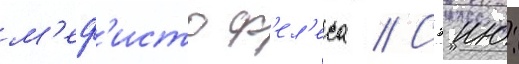
м'еф'исто ф'ел'еса // Сэию: